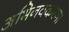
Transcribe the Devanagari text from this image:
अभिनवकरणों